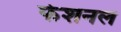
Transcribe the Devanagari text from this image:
फेशनल